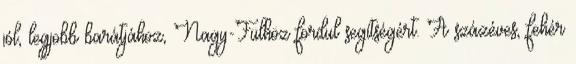
jól, legjobb barátjához, Nagy-Fülhöz fordul segítségért. A százéves, fehér